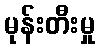
မုန်းတီးမှု